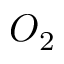
O _ { 2 }